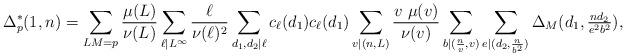
LaTeX: \begin{align*} \Delta^*_p(1,n)= \sum_{LM=p}\frac{\mu(L)}{\nu(L)}\sum_{\ell|L^\infty} \frac{\ell}{\nu(\ell)^2}\sum_{d_1, d_2|\ell}c_\ell(d_1)c_\ell(d_1) \sum_{v|(n,L)}\frac{v\ \mu(v)}{\nu(v)}\sum_{b|(\frac{n}{v}, v)}\sum_{e|(d_2, \frac{n}{b^2})}\Delta_M(d_1, \tfrac{nd_2}{e^2b^2}),\end{align*}